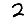
Digit: 2